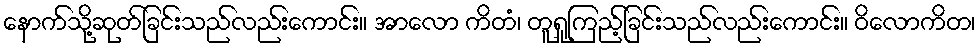
နောက်သို့ဆုတ်ခြင်းသည်လည်းကောင်း။ အာလော ကိတံ၊ တူရူကြည့်ခြင်းသည်လည်းကောင်း။ ဝိလောကိတ၊